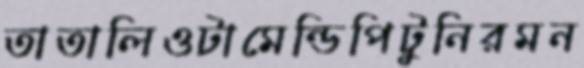
তাতালিওটামেন্ডিপিটুনিরমন